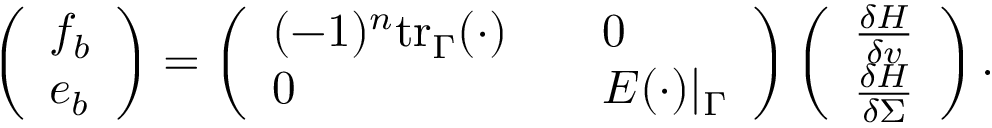
\begin{array} { r } { \left( \begin{array} { l } { f _ { b } } \\ { e _ { b } } \end{array} \right) = \left( \begin{array} { l l } { ( - 1 ) ^ { n } \mathrm { t r } _ { \Gamma } ( \cdot ) \quad } & { 0 } \\ { 0 \quad } & { E ( \cdot ) | _ { \Gamma } } \end{array} \right) \left( \begin{array} { l } { \frac { \delta H } { \delta v } } \\ { \frac { \delta H } { \delta \Sigma } } \end{array} \right) . } \end{array}